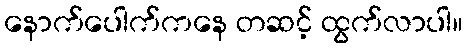
နောက်ပေါက်ကနေ တဆင့် ထွက်လာပါ။